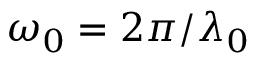
\omega _ { 0 } = 2 \pi / \lambda _ { 0 }